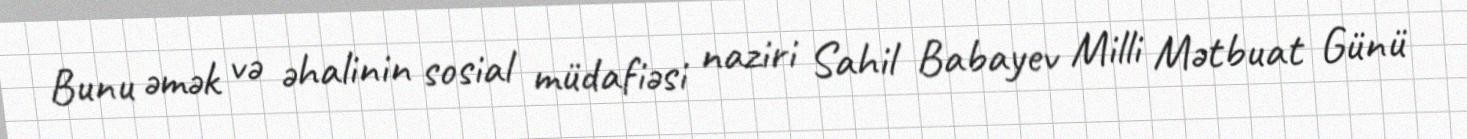
Bunu əmək və əhalinin sosial müdafiəsi naziri Sahil Babayev Milli Mətbuat Günü